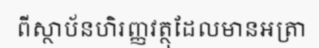
ពីស្ថាប័នហិរញ្ញវត្ថុដែលមានអត្រា